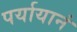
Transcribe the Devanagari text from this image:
पर्यायानं